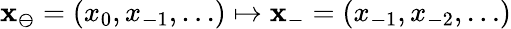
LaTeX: \mathbf{x}_{\ominus}=(x_{0},x_{-1},\ldots)\mapsto\mathbf{x}_{-}=(x_{-1},x_{-2},\ldots)